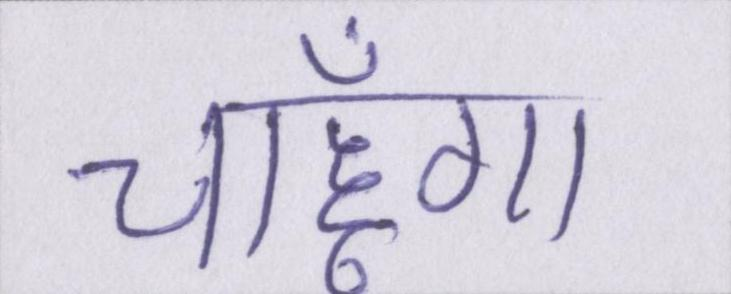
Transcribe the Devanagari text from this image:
चाहूँगा